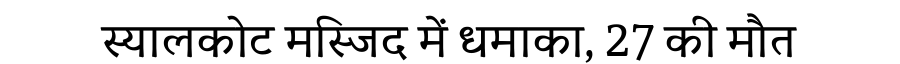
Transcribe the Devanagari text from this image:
स्यालकोट मस्जिद में धमाका, 27 की मौत